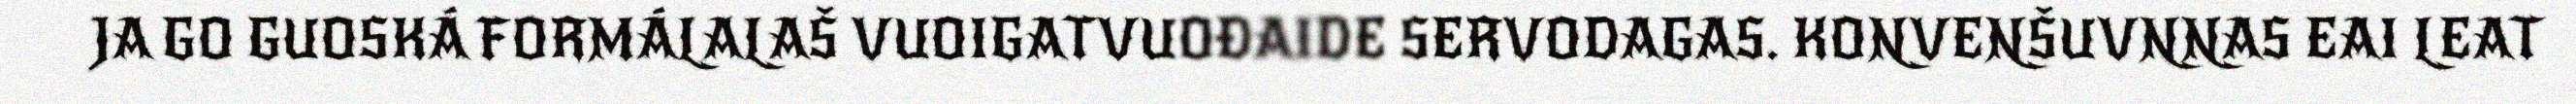
JA GO GUOSKÁ FORMÁLALAŠ VUOIGATVUOĐAIDE SERVODAGAS. KONVENŠUVNNAS EAI LEAT